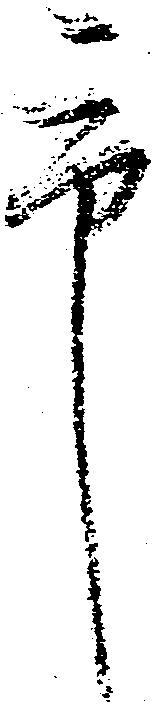
市